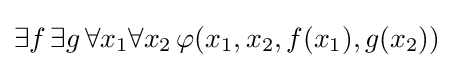
\exists f\,\exists g\,\forall x_{1}\forall x_{2}\,\varphi (x_{1},x_{2},f(x_{1}),g(x_{2}))